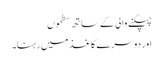
چپکنے والی کے ساتھ سطحوں
اور دوسرے کاغذ میں رہنا۔